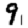
Digit: 9